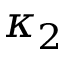
\kappa _ { 2 }